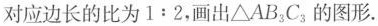
对应边长的比为1:2，画出△AB^{3}C^{3}的图形.